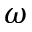
\omega